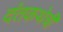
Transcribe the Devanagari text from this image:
दंतकथेची